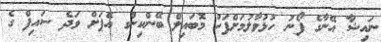
ނައިޝާ އޭނާގެ ފޯނު ހުޅުވާލުމަށްފަހު މޮބައިލް ބޭންކިންގ އެޕަށް ވަދެ ސައިފް ގެ